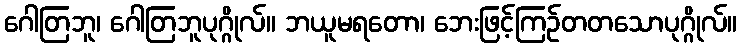
ဂေါတြဘူ၊ ဂေါတြဘူပုဂ္ဂိုလ်။ ဘယူမရတော၊ ဘေးဖြင့်ကြဉ်တတသောပုဂ္ဂိုလ်။